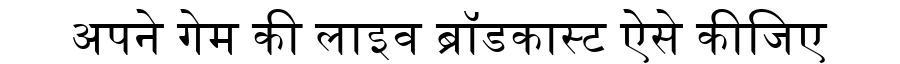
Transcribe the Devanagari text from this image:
अपने गेम की लाइव ब्रॉडकास्ट ऐेसे कीजिए